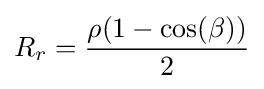
R_{r}={\frac {\rho (1-\cos(\beta ))}{2}}